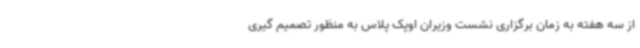
از سه هفته به زمان برگزاری نشست وزیران اوپک پلاس به منظور تصمیم گیری